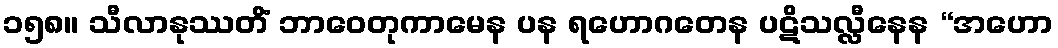
၁၅၈။ သီလာနုဿတိံ ဘာဝေတုကာမေန ပန ရဟောဂတေန ပဋိသလ္လီနေန “အဟော